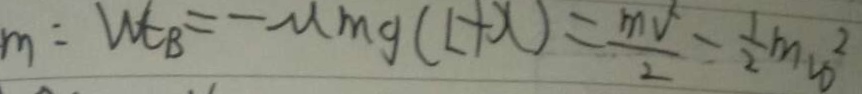
m : w t b = - u m g ( L + x ) = \frac { m v } { 2 } = \frac { 1 } { 2 } m ^ { 2 }